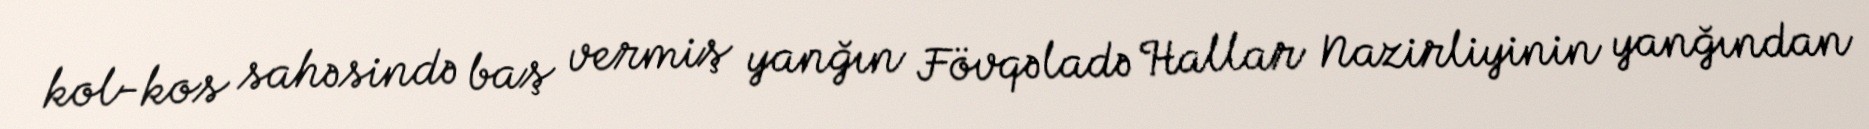
kol-kos sahəsində baş vermiş yanğın Fövqəladə Hallar Nazirliyinin yanğından